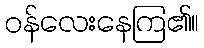
ဝန်လေးနေကြ၏။